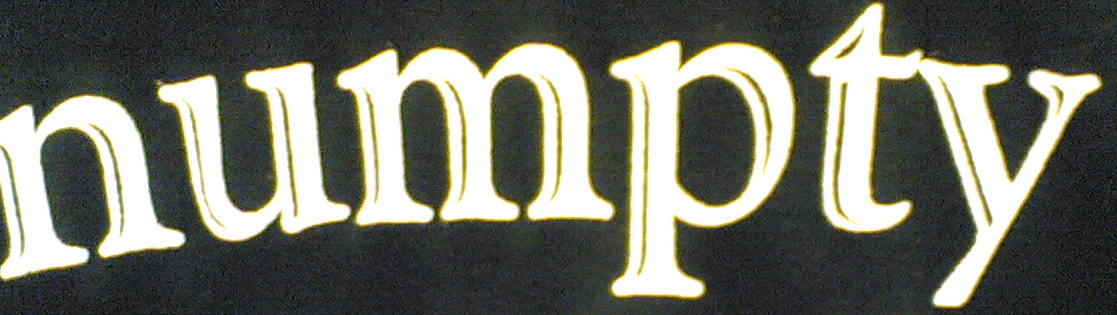
numpty